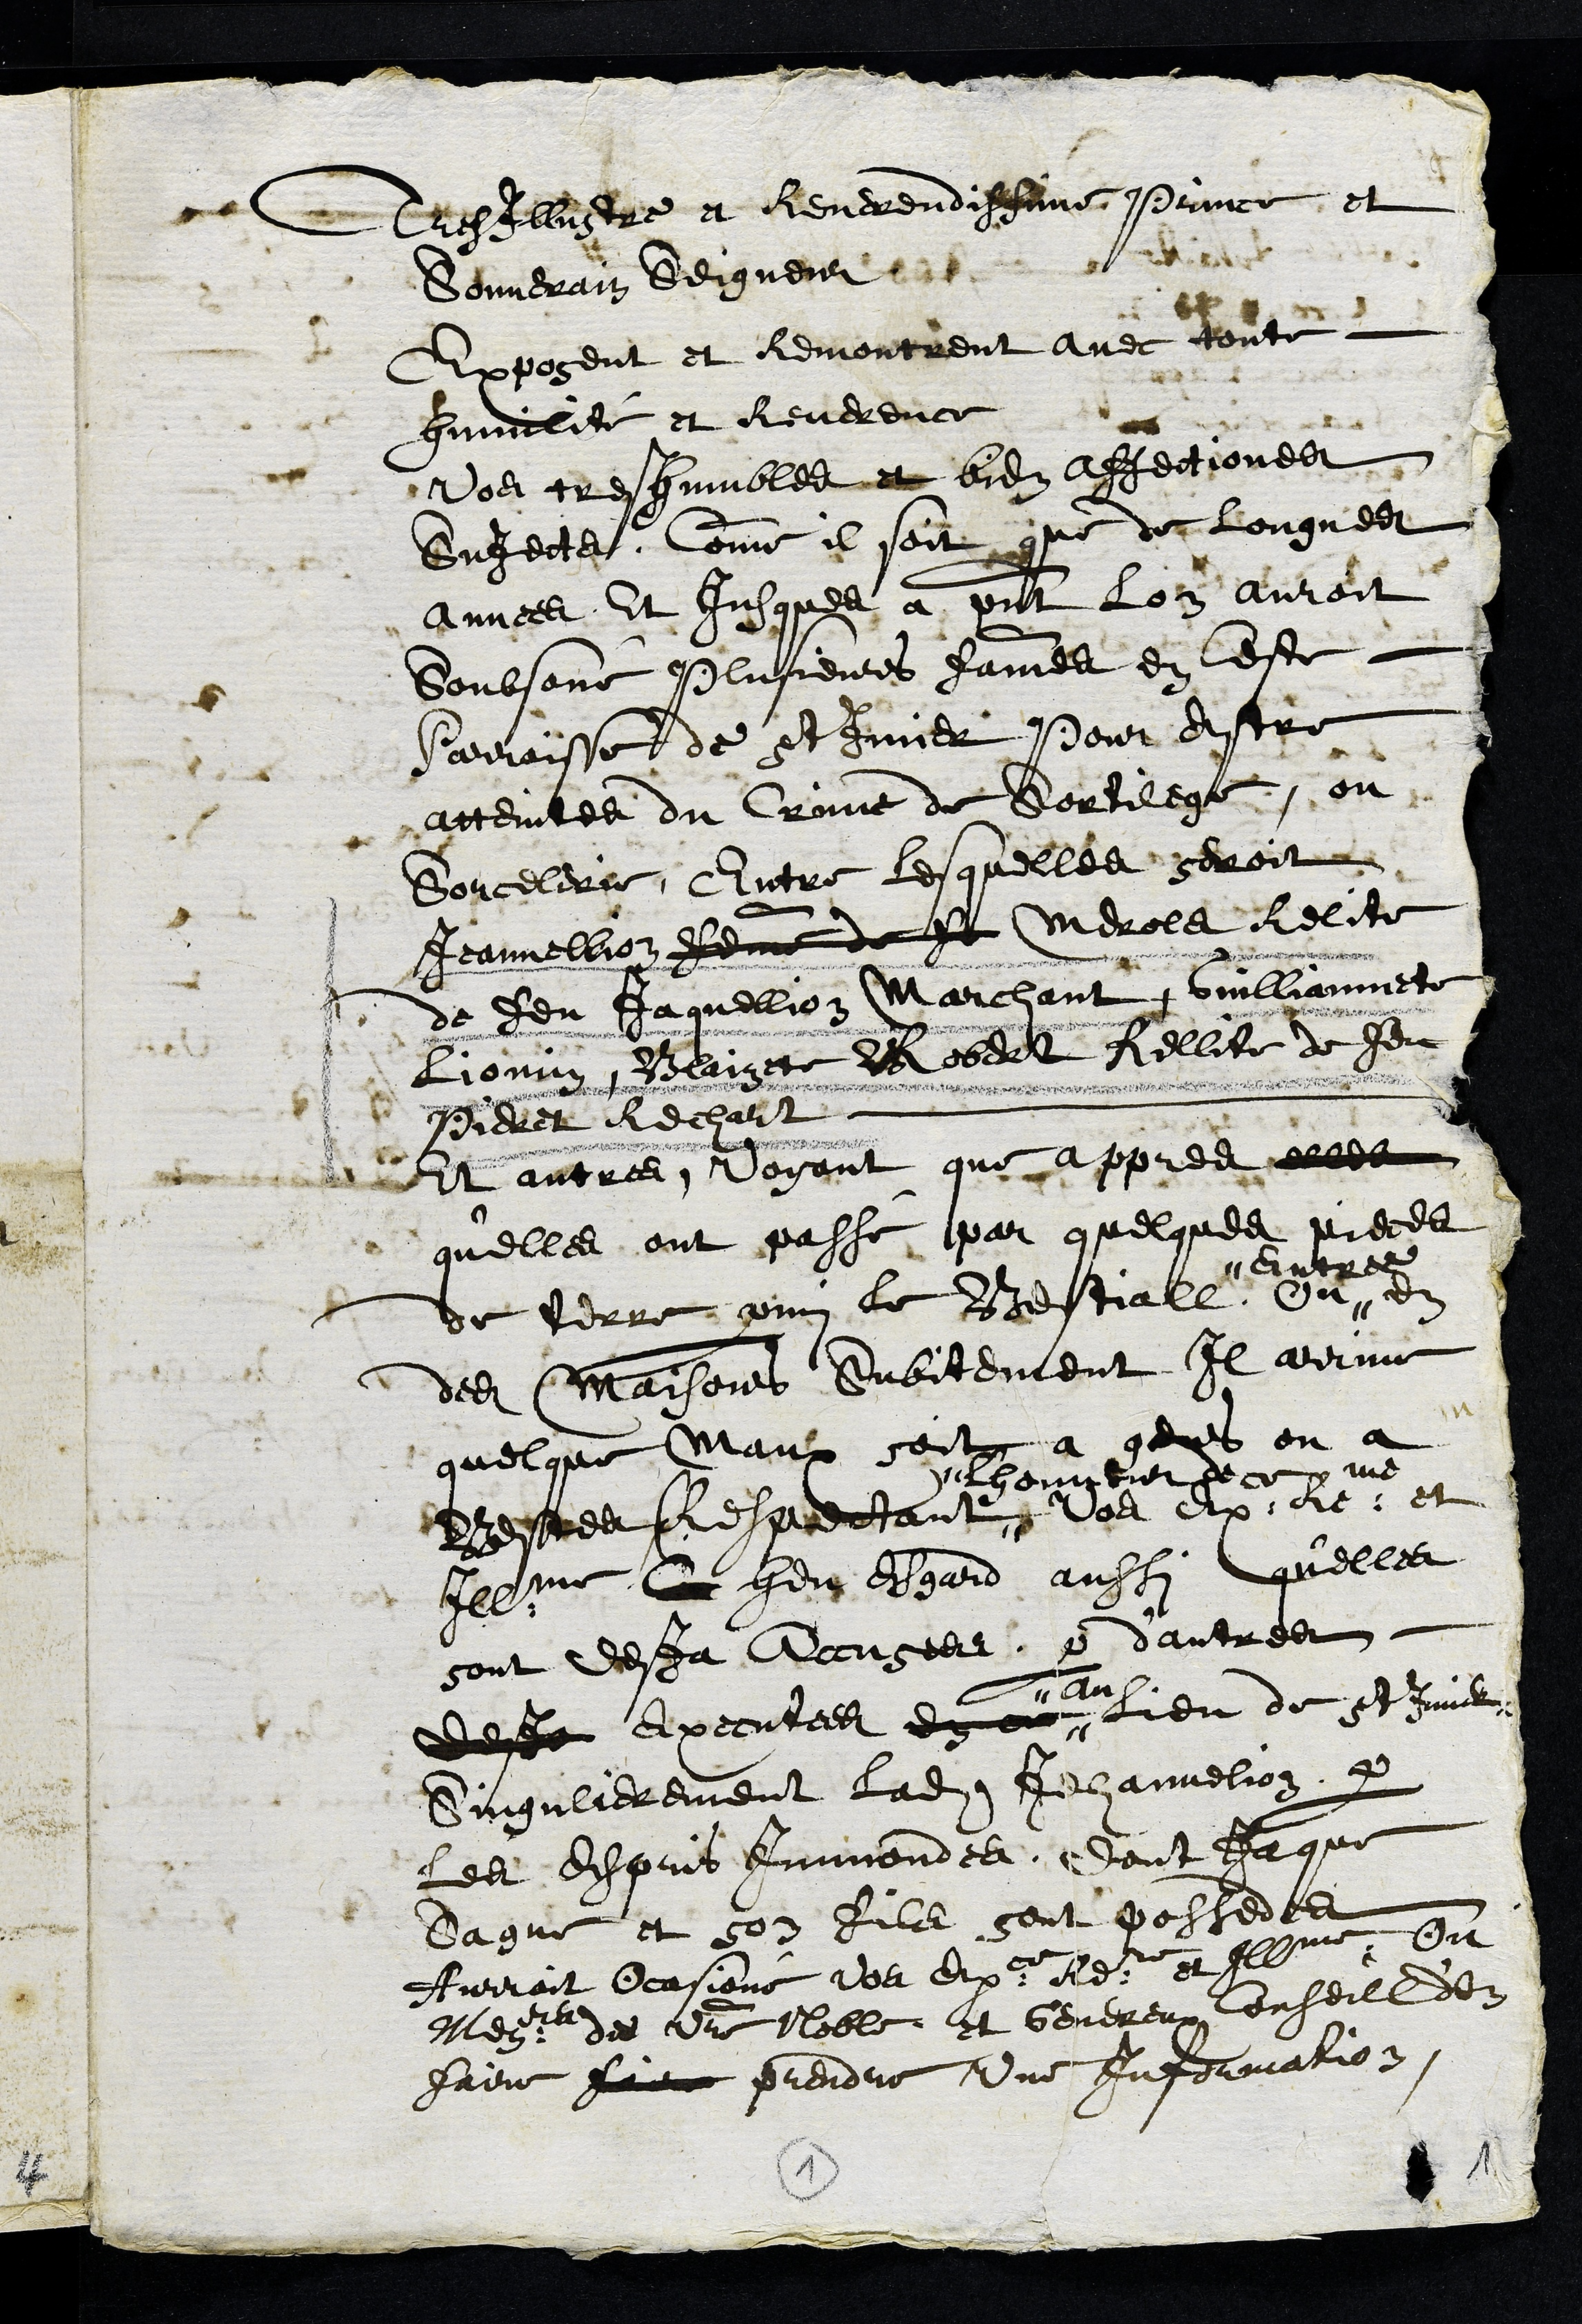
Tres Illustre et Reverendissime Prince et
Souverain Seigneur
Exposent et Remontrent avec toute
humilité et Reverence
Vos tres humbles et bien affectiones
SuJects, Comme il soit que de longues
annees, Et Jusques a present lon auroit
Soubsonné plusieurs fammes en Ceste
Parroïsse de St Imier pour Estre
atteintes du Crime de Sortilege, ou
Sorcelerie, Entre lesquelles seroit
Jeannellion femme de fe Merols Relite
de feu Jaquellion Marchant, Guilliamette
Liomin, Blaizete Robert Rellite de feu
Pieret Rechart
Et autres, Voyant que appres elles
qu'elles ont passé par quelques pieces
de terre parmi le Bestial, ou
Entres
en
des Maisons Subitement Il arrive
quelque Maux soit a gens ou a
Bestes, Respectant
L'honneur de
Vos Exce Reme et
Illme heu Esgard aussi qu'elles
sont desja Acusees par dautres
desja executees en ce
au
Lieu de St Imier
Singulierement ladite Jehannelion par
les Espris Immondes, dont Jaque
Sagne et son fils sont possedes
Auroit Ocasioné Vos Exce Reme et Illme Ou
Mesrs de votre Noble et Genereux Conseill d'en
faire faire prendre une Information
1
1